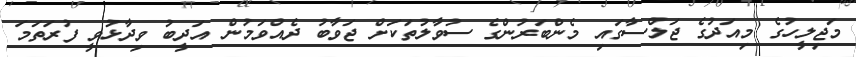
މަޖިލީހުގެ މިއަދުގެ ޖަލްސާގައި މެންބަރުންގެ ސުވާލުތަކަށް ޖަވާބު ދެއްވަމުން އަދީބު ވިދާޅުވީ ފުރަތަމަ